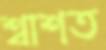
শ্বাশত